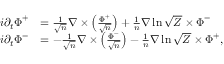
\begin{array} { r l } { i \partial _ { t } \boldsymbol { \Phi } ^ { + } } & { = \frac { 1 } { \sqrt { n } } \nabla \times \left( \frac { \boldsymbol { \Phi } ^ { + } } { \sqrt { n } } \right) + \frac { 1 } { n } \nabla \ln \sqrt { Z } \times \boldsymbol { \Phi } ^ { - } } \\ { i \partial _ { t } \boldsymbol { \Phi } ^ { - } } & { = - \frac { 1 } { \sqrt { n } } \nabla \times \left( \frac { \boldsymbol { \Phi } ^ { - } } { \sqrt { n } } \right) - \frac { 1 } { n } \nabla \ln \sqrt { Z } \times \boldsymbol { \Phi } ^ { + } , } \end{array}